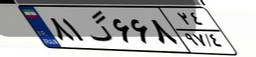
۸۱گ۶۶۸۲۴